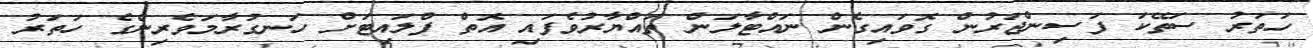
ހަތަރު ސަތޭކަ ފަސިންޖަރުން ގޮވައިގެން ނައްޓާލަން ތައްޔާރުވެފައި އޮތް ފްލައިޓަށް ހަނގުރާމަވެރިންގެ ހަތަރު